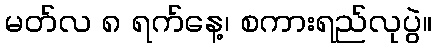
မတ်လ ၈ ရက်နေ့၊ စကားရည်လုပွဲ။